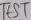
Text: TEST